Structure of Hæmatopota pluvialis (Meigen) - Number 55
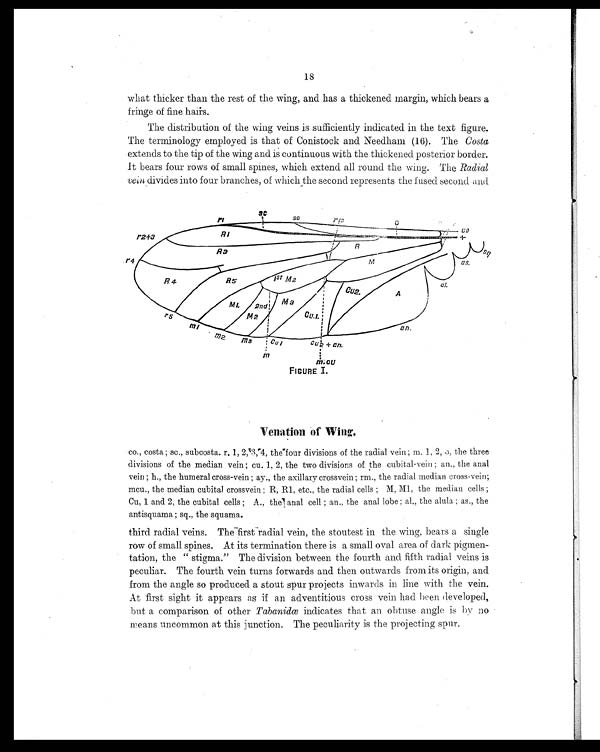
•
18
what thicker than the rest of the wing, and has a thickened margin, which bears a
fringe of fine hairs.
The distribution of the wing veins is sufficiently indicated in the text figure.
The terminology employed is that of Conistock and Needham (16). The Costa
extends to the tip of the wing and is continuous with the thickened posterior border.
It bears four rows of small spines, which extend all round the wing. The Radial
vein divides into four branches, of which the second represents the fused second and
Venation of Wing.
co., costa; sc., subcosta. r. 1, 2, 3, 4, the four divisions of the radial vein; m. 1, 2, 3, the three
divisions of the median vein; cu. 1, 2, the two divisions of the cubital-vein; an., the anal
vein; h., the humeral cross-vein; ay., the axillary crossvein ; rm., the radial median cross-vein;
mcu., the median cubital crossvein; R, R1, etc., the radial cells; M. M1, the median cells;
Cu, 1 and 2, the cubital cells; A., the anal cell; an., the anal lobe; al., the alula; as., the
antisquama; sq., the squama.
third radial veins. The first radial vein, the stoutest in the wing, bears a single
row of small spines. At its termination there is a small oval area of dark pigmen-
tation, the " stigma." The division between the fourth and fifth radial veins is
peculiar. The fourth vein turns forwards and then outwards from its origin, and
from the angle so produced a stout spur projects inwards in line with the vein.
At first sight it appears as if an adventitious cross vein had been developed,
but a comparison of other Tabanidœ indicates that an obtuse angle is by no
means uncommon at this junction. The peculiarity is the projecting spur.